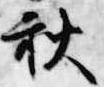
秋